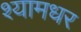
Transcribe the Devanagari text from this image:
श्यामधर